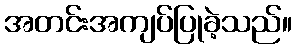
အတင်းအကျပ်ပြုခဲ့သည်။